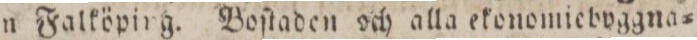
mit från Falköpirg. Boſtaden och alla ekonomiebvggna=